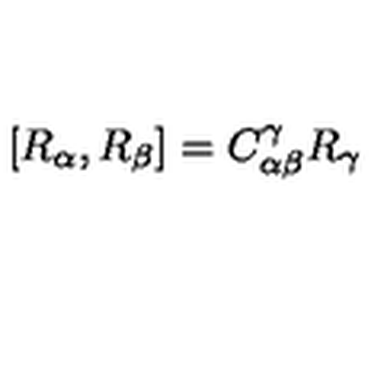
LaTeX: [ R _ { \alpha } , R _ { \beta } ] = C _ { \alpha \beta } ^ { \gamma } R _ { \gamma }